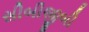
સીબીજીબી